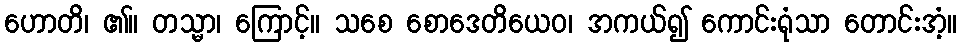
ဟောတိ၊ ၏။ တသ္မာ၊ ကြောင့်။ သစေ စောဒေတိယေဝ၊ အကယ်၍ ကောင်းရုံသာ တောင်းအံ့။